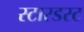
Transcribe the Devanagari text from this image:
स्‍टारडस्‍ट